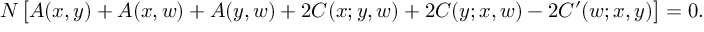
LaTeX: N \, \bigl [ A ( x , y ) + A ( x , w ) + A ( y , w ) + 2 C ( x ; y , w ) + 2 C ( y ; x , w ) - 2 C ^ { \prime } ( w ; x , y ) \bigr ] = 0 .